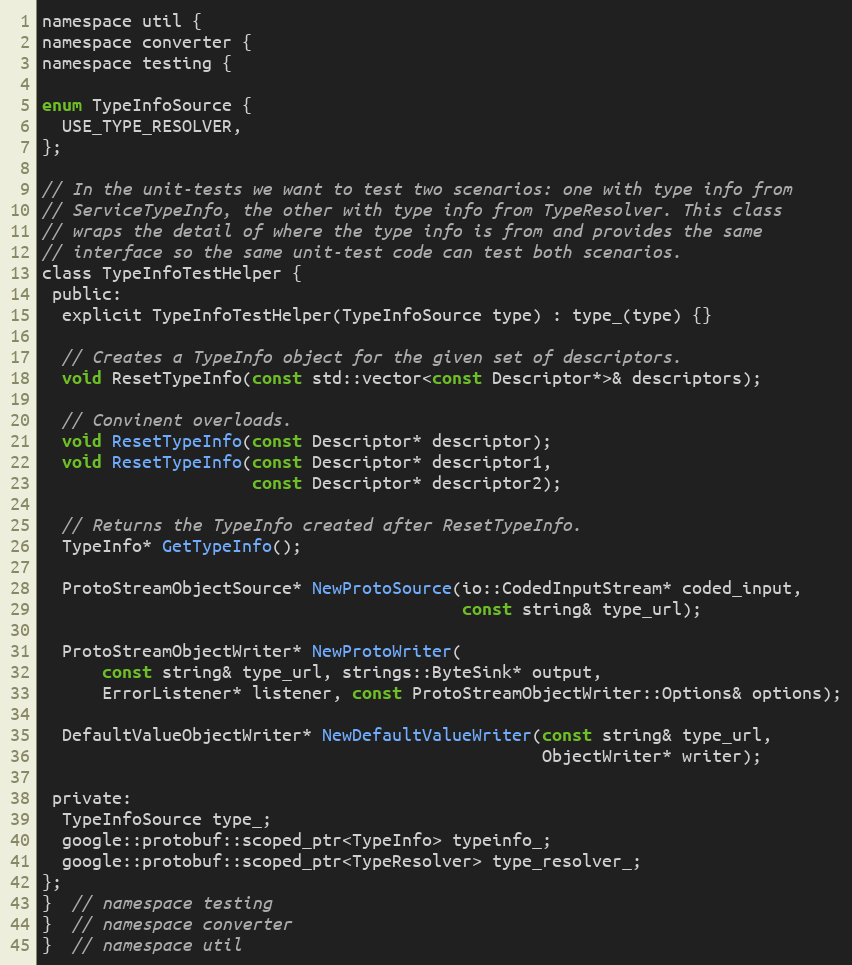
Language: C
namespace util {
namespace converter {
namespace testing {

enum TypeInfoSource {
  USE_TYPE_RESOLVER,
};

// In the unit-tests we want to test two scenarios: one with type info from
// ServiceTypeInfo, the other with type info from TypeResolver. This class
// wraps the detail of where the type info is from and provides the same
// interface so the same unit-test code can test both scenarios.
class TypeInfoTestHelper {
 public:
  explicit TypeInfoTestHelper(TypeInfoSource type) : type_(type) {}

  // Creates a TypeInfo object for the given set of descriptors.
  void ResetTypeInfo(const std::vector<const Descriptor*>& descriptors);

  // Convinent overloads.
  void ResetTypeInfo(const Descriptor* descriptor);
  void ResetTypeInfo(const Descriptor* descriptor1,
                     const Descriptor* descriptor2);

  // Returns the TypeInfo created after ResetTypeInfo.
  TypeInfo* GetTypeInfo();

  ProtoStreamObjectSource* NewProtoSource(io::CodedInputStream* coded_input,
                                          const string& type_url);

  ProtoStreamObjectWriter* NewProtoWriter(
      const string& type_url, strings::ByteSink* output,
      ErrorListener* listener, const ProtoStreamObjectWriter::Options& options);

  DefaultValueObjectWriter* NewDefaultValueWriter(const string& type_url,
                                                  ObjectWriter* writer);

 private:
  TypeInfoSource type_;
  google::protobuf::scoped_ptr<TypeInfo> typeinfo_;
  google::protobuf::scoped_ptr<TypeResolver> type_resolver_;
};
}  // namespace testing
}  // namespace converter
}  // namespace util